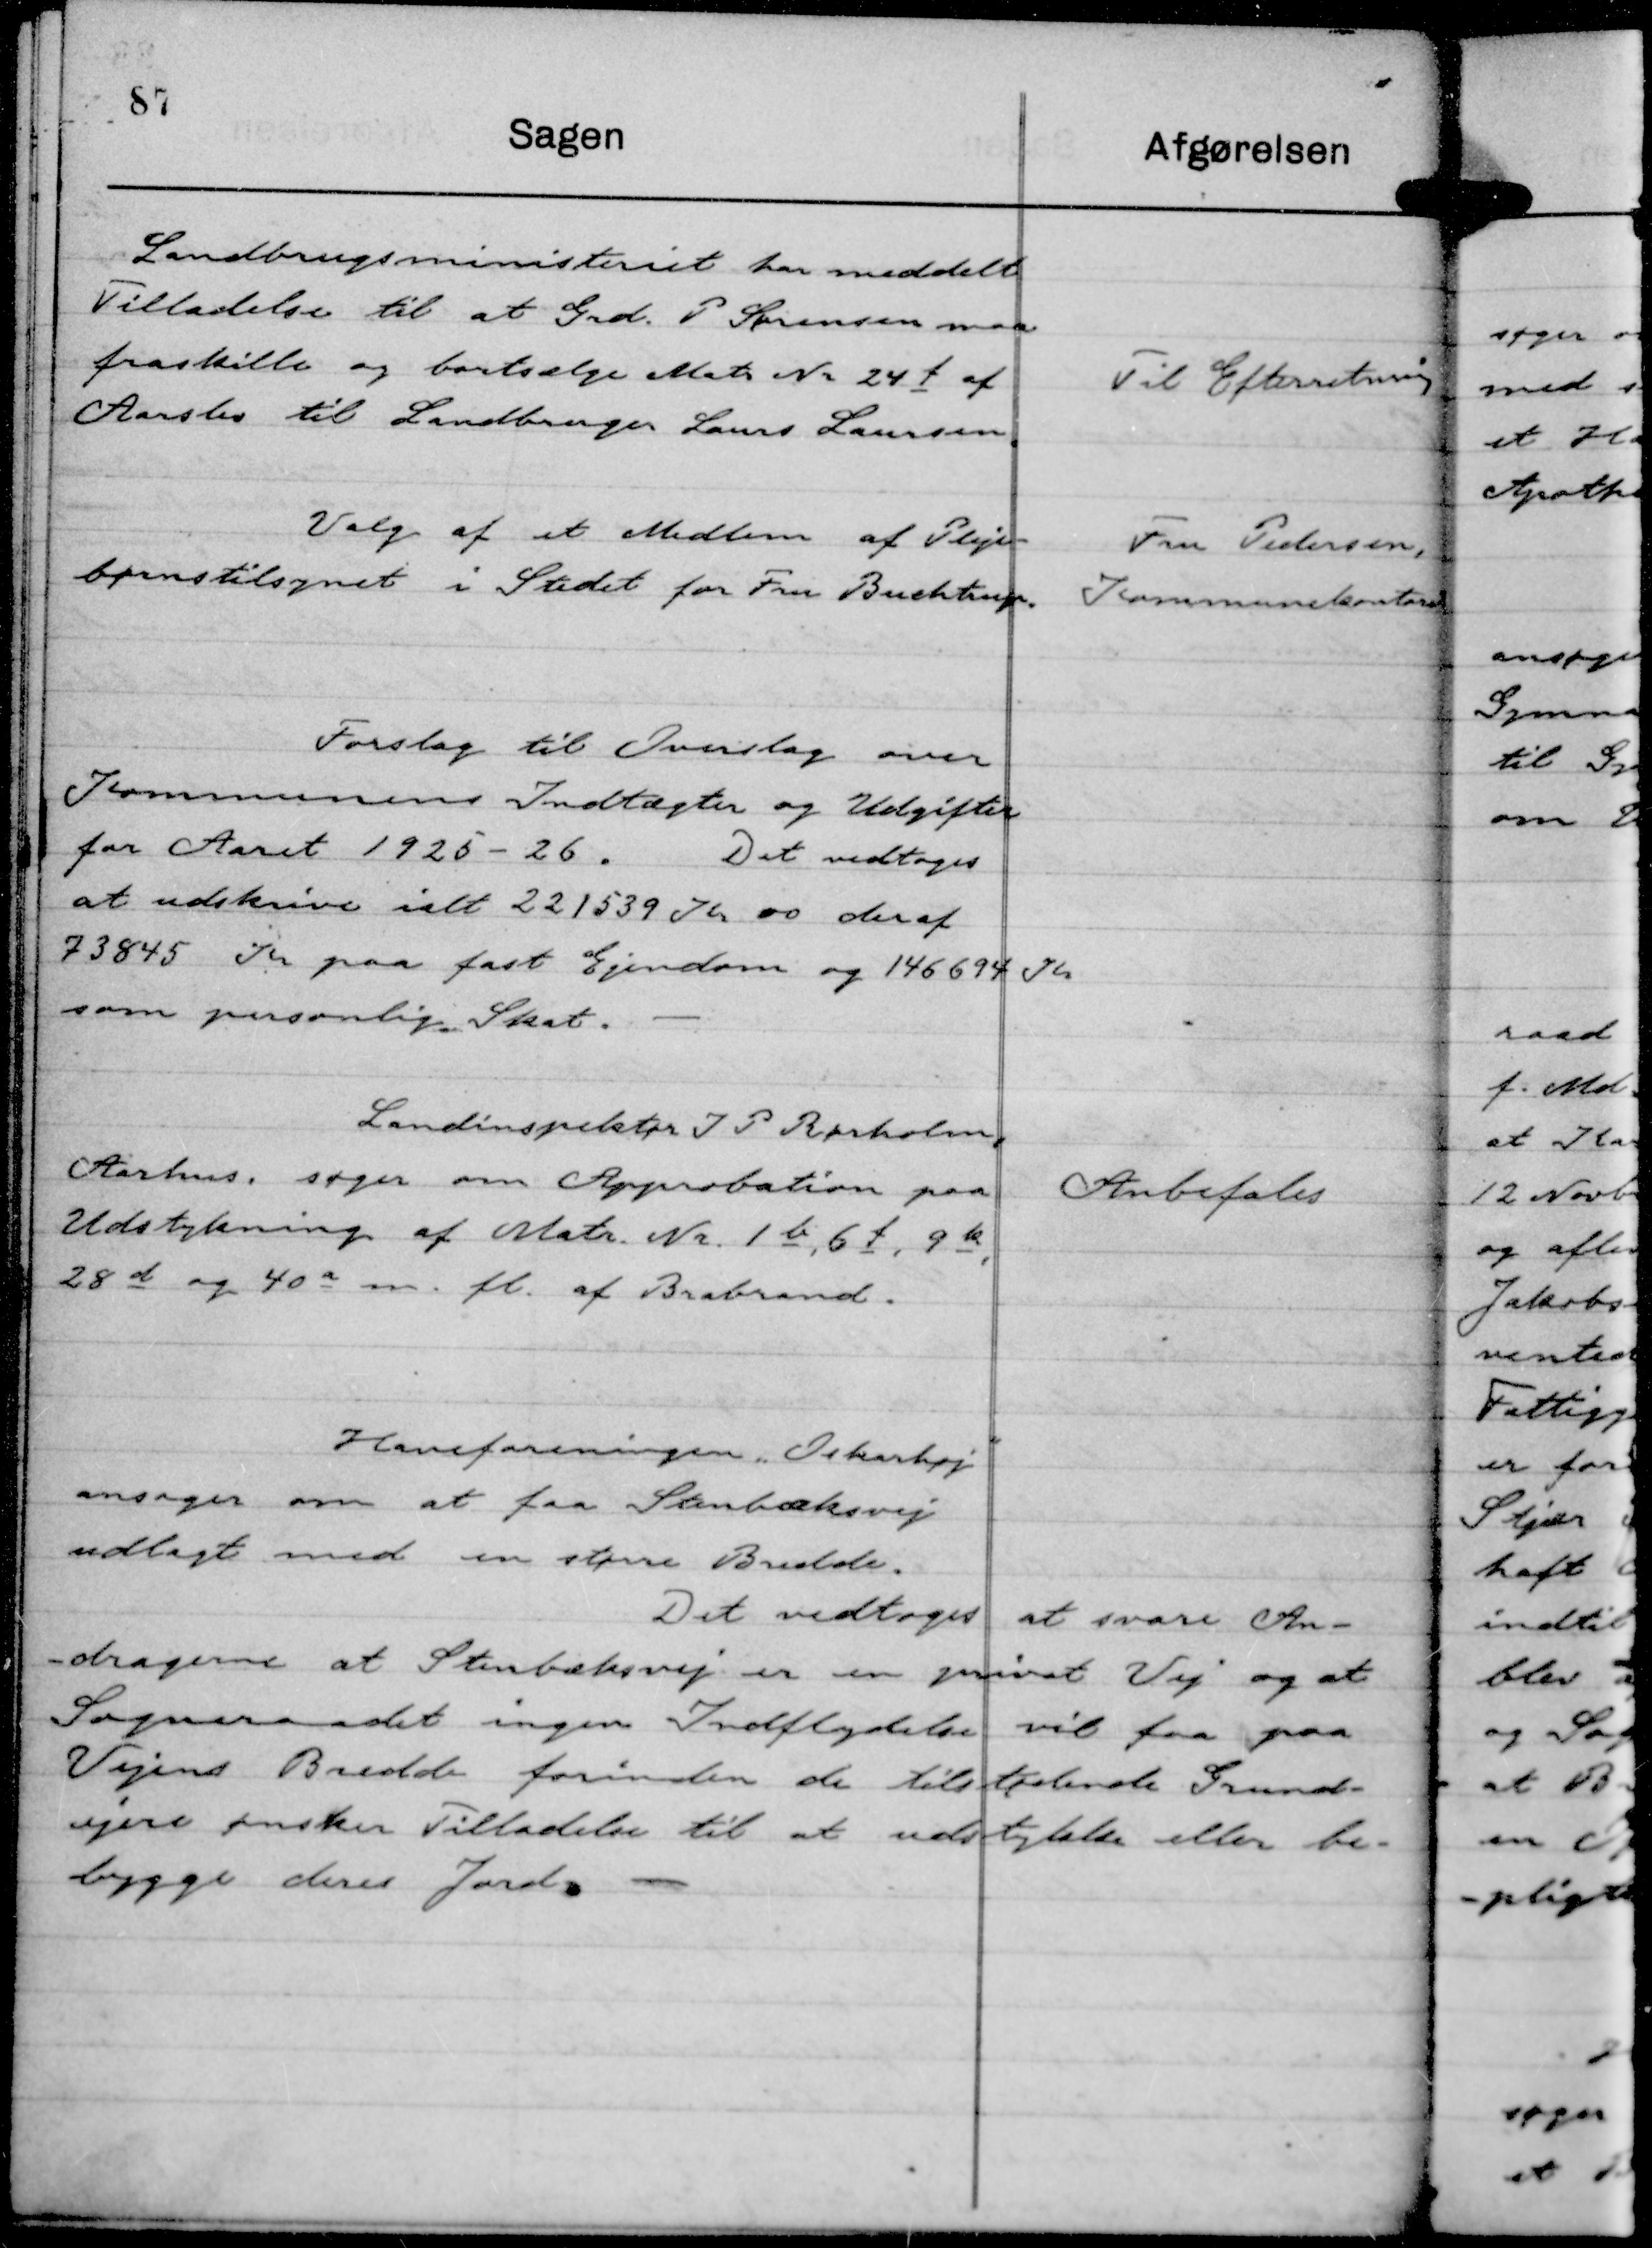
Transskription:
Landbrugsministeriet har meddelt
Tilladelse til at Grd. P Sørensen maa
fraskille og bortsælge Matr Nr 24 f af
Aarslev til Landbruger Laurs Laursen.

Til Efterretning

Valg af et Medlem af Pleje-
børnstilsynet i Stedet for Fru Buchtrup.

Fru Pedersen,
Kommunekontoret

Forslag til Overslag over
Kommunens Indtægter og Udgifter
for Aaret 1925 - 26.
Det vedtoges
at udskrive ialt 221539 Kr 00 deraf
73845 Kr paa fast Ejendom og 146694 Kr
som personlig Skat.

Landinspektør J P Rørholm,
Aarhus, søger om Approbation paa
Udstykning af Matr. Nr. 1 b, 6 f, 9 k,
28 d og 40 a m. fl. af Brabrand.

Anbefales

Haveforeningen "Oskarhøj"
ansøger om at faa Stenbæksvej
udlagt med en større Bredde.

Det vedtoges at svare An-
dragerne at Stenbæksvej er en privat Vej og at
Sogneraadet ingen Indflydelse vil faa paa
Vejens Bredde forinden de tilstødende Grund-
ejere ønsker Tilladelse til at udstykke eller be-
bygge deres Jord.